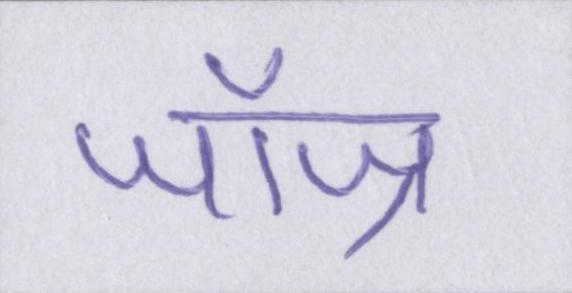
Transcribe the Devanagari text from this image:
जॉज्र